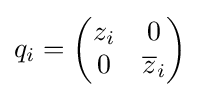
q_{i}={\begin{pmatrix}z_{i}&0\\0&{\overline {z}}_{i}\end{pmatrix}}